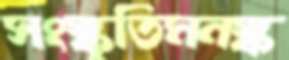
সংস্কৃতিমনস্ক